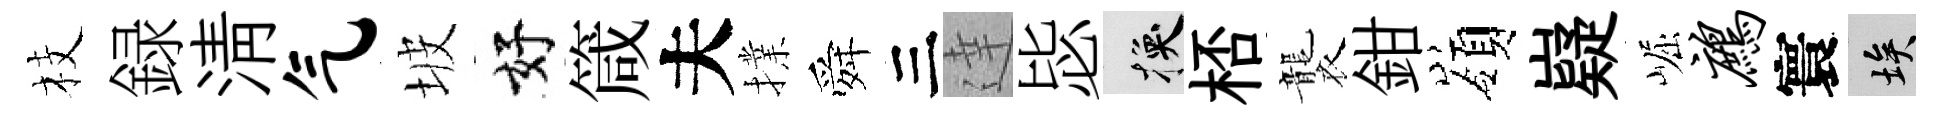
枝録清气坡好箴夫擈舜三達毖换桮襲鉗嶺嶷崛鹧寰埃